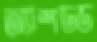
অ্যাশডড